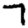
Digit: 7